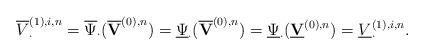
LaTeX: \begin{align*} \overline{V}_\cdot^{(1), i, n}=\overline{\Psi}_\cdot(\overline{\textbf{V}}^{(0),n})=\underline{\Psi}_\cdot(\overline{\textbf{V}}^{(0),n})=\underline{\Psi}_\cdot(\underline{\textbf{V}}^{(0),n})=\underline{V}_\cdot^{(1),i,n}. \end{align*}